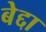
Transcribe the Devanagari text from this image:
बेद्दा